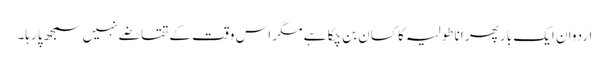
اردوان ایک بار پھر اناطولیہ کا کسان بن چکا ہے مگر اس وقت کے تقاضے نہیں سمجھ پارہا۔